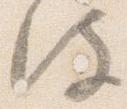
彼